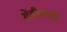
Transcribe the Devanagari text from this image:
शेंडीवाली